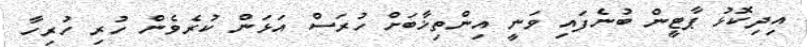
އިދިކޮޅު ޕާޓީން ބުނެފައި ވަނީ އިންތިޚާބަށް ހުރަސް އަޅަން ކުރެވެން ހުރި ހުރިހާ